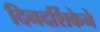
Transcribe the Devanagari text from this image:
दिनदर्शिकेने